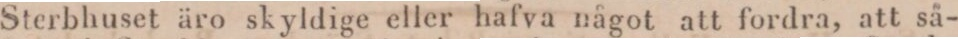
Sterbhuset äro skyldige eller hafva något att fordra, att så-